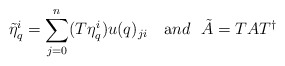
\begin{align*}\tilde{\eta}_q^i=\sum_{j=0}^n(T\eta_q^i)u(q)_{ji}~~~{\mbox and}~~\tilde{A}=TAT^{\dagger}\end{align*}